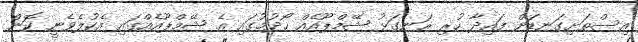
އިސްތަށިގަނޑަށް ފައިދާ ހުރި ރަނގަޅު ޝޭމްޕޫއެއް ހޯދުމުގައި އެ ޝޭމްޕޫއެއްގައި އެކުލެވެނީ ކޮން